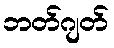
ဘတ်ဂျတ်